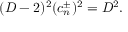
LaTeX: ( D - 2 ) ^ { 2 } ( c _ { n } ^ { \pm } ) ^ { 2 } = D ^ { 2 } .